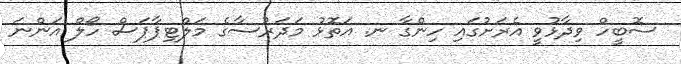
ސޮބީހް ވިދާޅުވީ އެރަށުގައި ހިންގާ ނ. އަތޮޅު މަދަރުސާގެ މަލްޓިޕާޕަސް ހޯލް އަންނަ